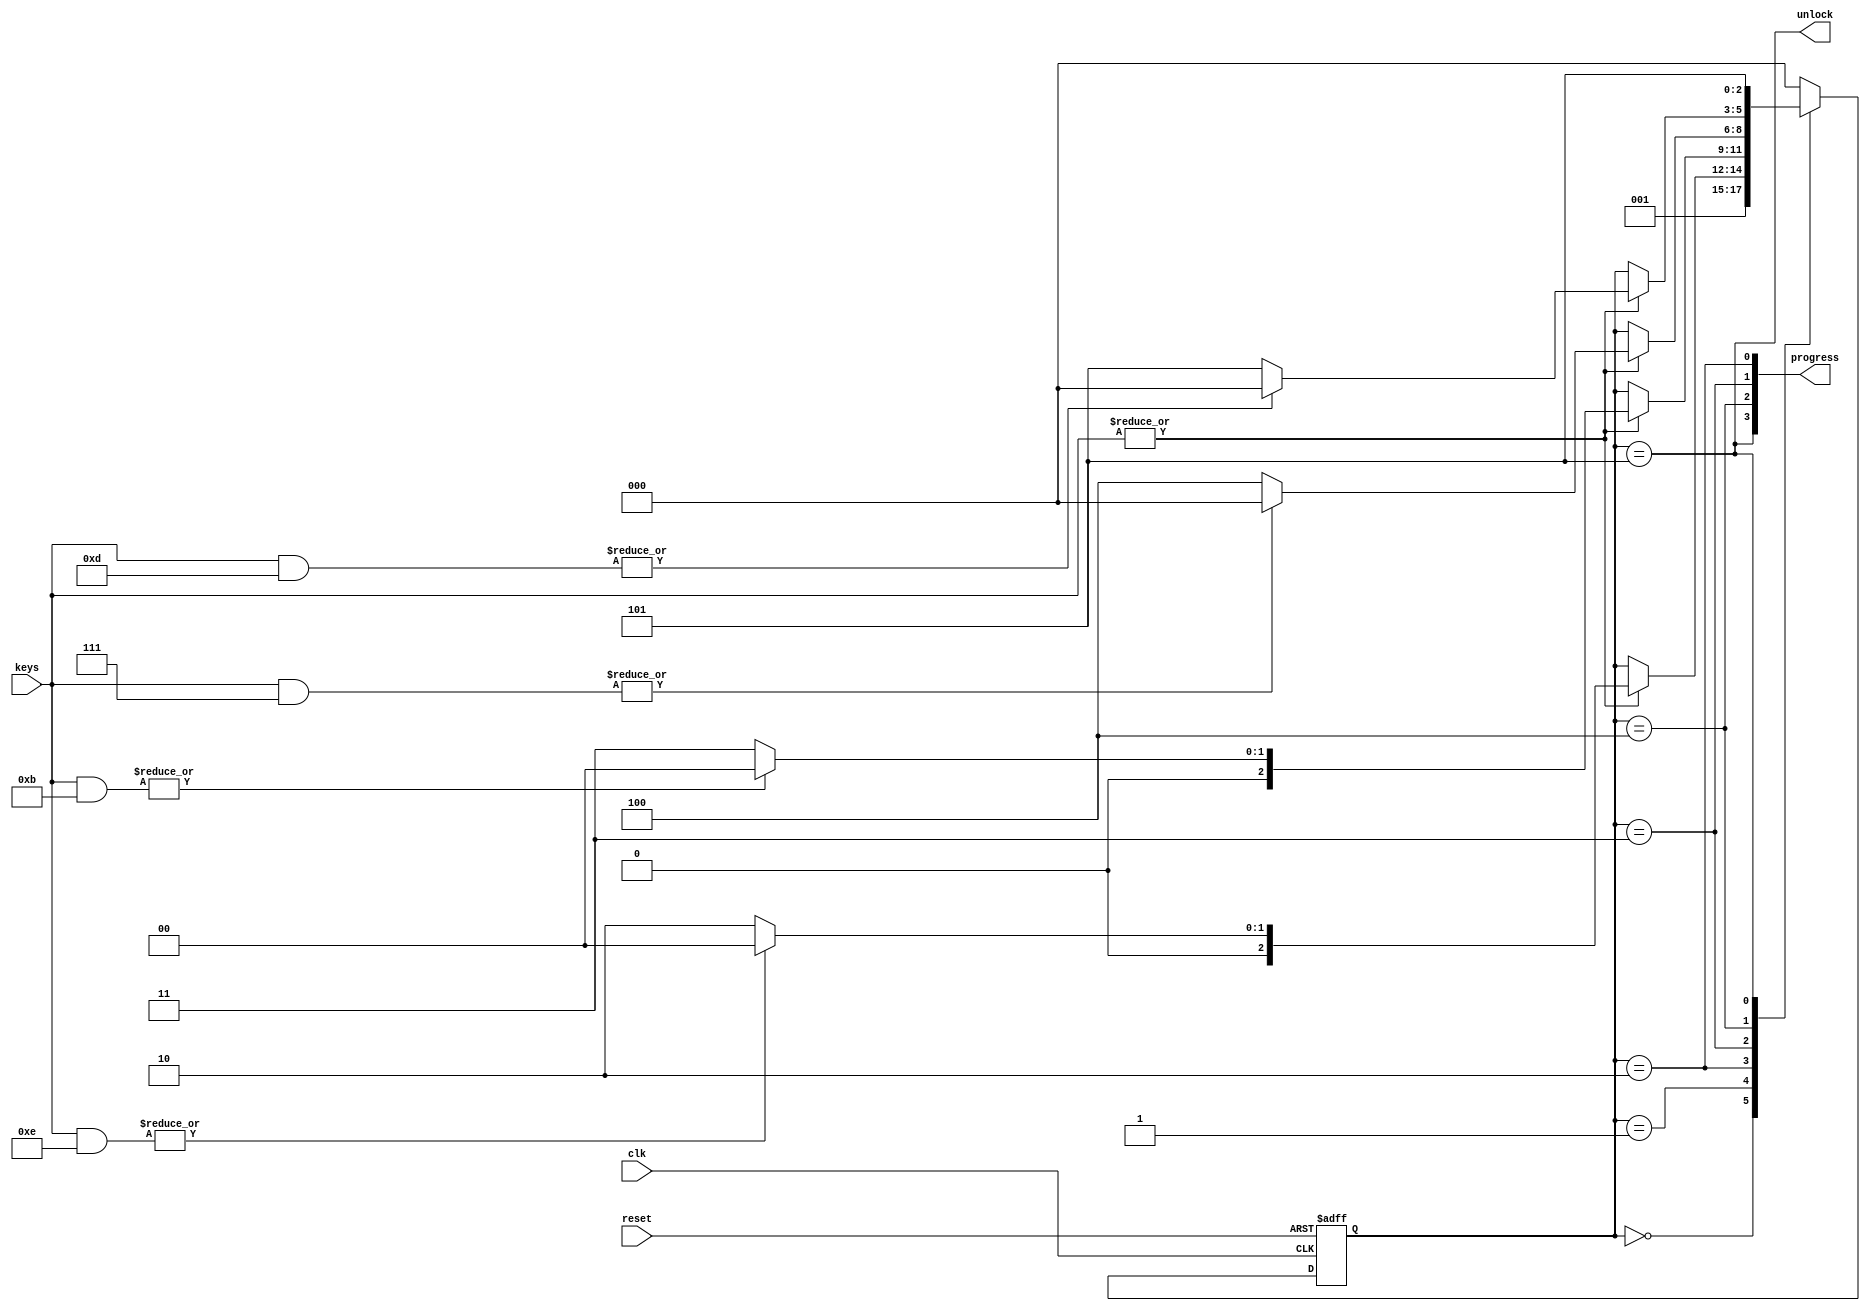
// **************************************************
// TASK :  build the Moore state machine
//
//  - states: RESET                    - initial state
//            KEY1, KEY2,  KEY3, KEY4  - waiting for keys
//			  UNLOCK                   - the lock is unlocked
//
//   sequence for unlocking: keys = 0001,0100,1000,0010
//
//   wrong sequence of keys resets state machiine
//
// **************************************************
module moore_state_machine
(
    input        clk,
    input        reset,    // input clock and asynchronous reset
    input  [3:0] keys,     // input keys, log 1 is after pressing of key for one cycle of clk
    output       unlock,   // 1 after right sequence of keys, 0 in other states
    output [3:0] progress  // progress of keys pressing
);

    parameter
        RESET  = 0,
        KEY1   = 1,
        KEY2   = 2,
        KEY3   = 3,
        KEY4   = 4,
        UNLOCK = 5;

    reg [2:0] state;

    assign unlock = state == UNLOCK;

    assign progress[0] = state == KEY2;
    assign progress[1] = state == KEY3;
    assign progress[2] = state == KEY4;
    assign progress[3] = state == UNLOCK;

    always @(posedge clk or posedge reset)
    begin
        if (reset)
            state <= RESET;
        else
            case (state)
                RESET:                  state <= KEY1;
                KEY1:       if (|keys)  state <= |(keys & ~4'b0001) ? RESET : KEY2;
                KEY2:       if (|keys)  state <= |(keys & ~4'b0100) ? RESET : KEY3;
                KEY3:       if (|keys)  state <= |(keys & ~4'b1000) ? RESET : KEY4;
                KEY4:       if (|keys)  state <= |(keys & ~4'b0010) ? RESET : UNLOCK;
                UNLOCK:                 state <= UNLOCK;
                default:    state <= RESET;
            endcase
    end
endmodule